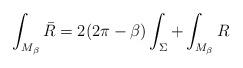
LaTeX: \begin{align*}\int_{M_{\beta}}\bar{R}=2(2\pi-\beta)\int_{\Sigma}+\int_{M_{\beta}} R\end{align*}